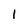
Character: l